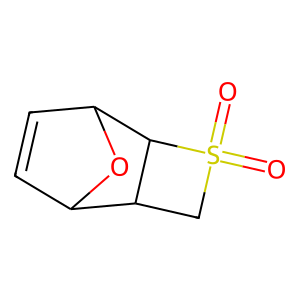
SMILES: O=S1(=O)CC2C3C=CC(O3)C21
Inhibits HIV replication: No